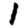
Digit: 1